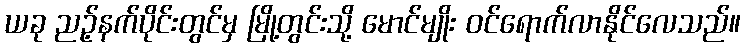
ယခု ညဉ့်နက်ပိုင်းတွင်မှ မြို့တွင်းသို့ မောင်မျိုး ဝင်ရောက်လာနိုင်လေသည်။